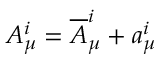
A _ { \mu } ^ { i } = { \overline { { A } } } _ { \mu } ^ { i } + a _ { \mu } ^ { i }